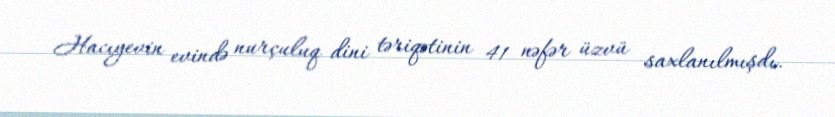
Hacıyevin evində nurçuluq dini təriqətinin 41 nəfər üzvü saxlanılmışdı.